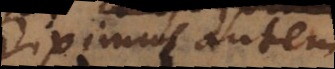
Diximus autem